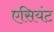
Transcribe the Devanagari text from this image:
एसियंट